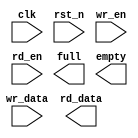
module sync_fifo # (
    parameter DATA_WIDTH = 8,
    parameter FIFO_DEPTH = 8,
    parameter ADDR_WIDH  = 3
)(
    input  clk,
    input  rst_n,
    input  wr_en,
    input  [DATA_WIDTH-1:0] wr_data,
    input  rd_en,
    output [DATA_WIDTH-1:0] rd_data,
    output full,
    output empty
);

reg [ADDR_WIDH-1:0] wr_ptr;
reg [ADDR_WIDH-1:0] rd_ptr;
reg [ADDR_WIDH:0]   fifo_cnt;
reg [DATA_WIDTH-1:0] buf_mem [0:FIFO_DEPTH-1];

always @(posedge clk) begin
    if(wr_en) begin
      buf_mem[wr_ptr] = wr_data;
      wr_ptr = wr_ptr + 1;
      fifo_cnt = fifo_cnt + 1;
    end 
end 
    
endmodule